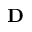
{ \bf D }